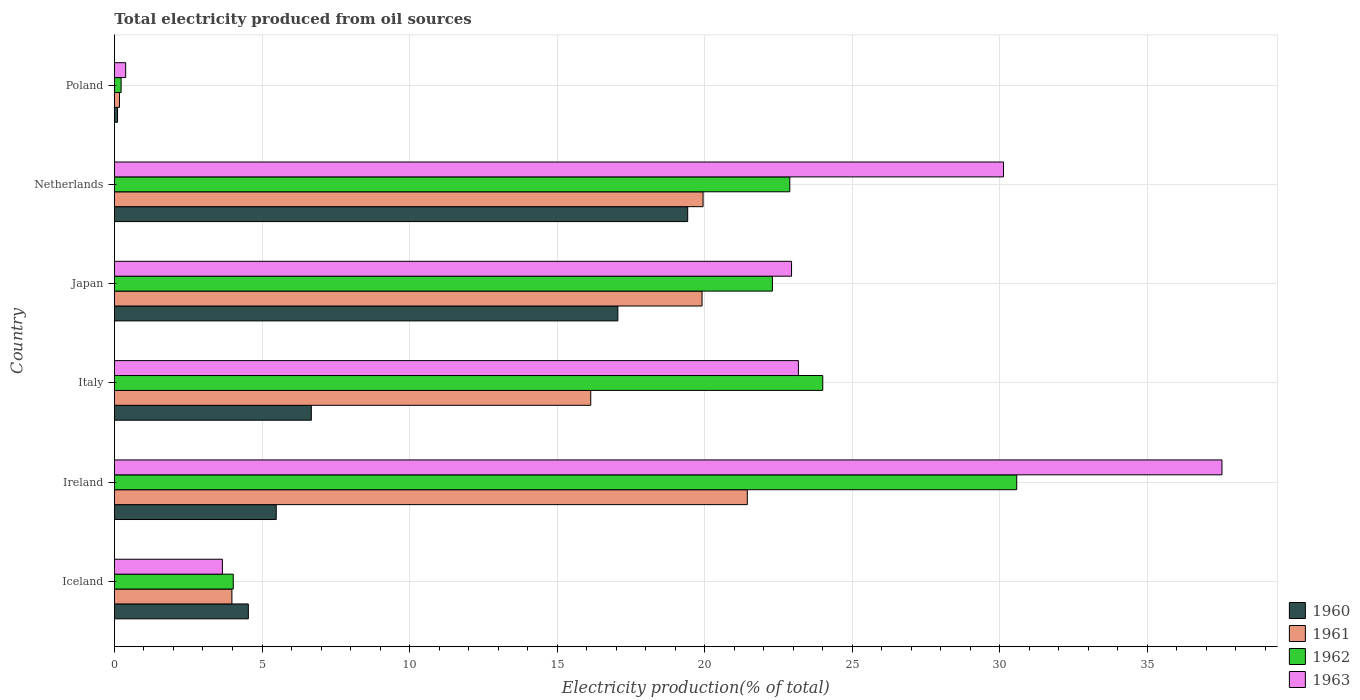
| Country | 1960 | 1961 | 1962 | 1963 |
 | --- | --- | --- | --- | --- |
 | Iceland | 4.54 | 3.98 | 4.03 | 3.66 |
 | Ireland | 5.48 | 21.4 | 30.6 | 37.5 |
 | Italy | 6.67 | 16.1 | 24 | 23.2 |
 | Japan | 17.1 | 19.9 | 22.3 | 22.9 |
 | Netherlands | 19.4 | 19.9 | 22.9 | 30.1 |
 | Poland | 0.106 | 0.171 | 0.226 | 0.382 |